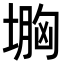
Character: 𡏠